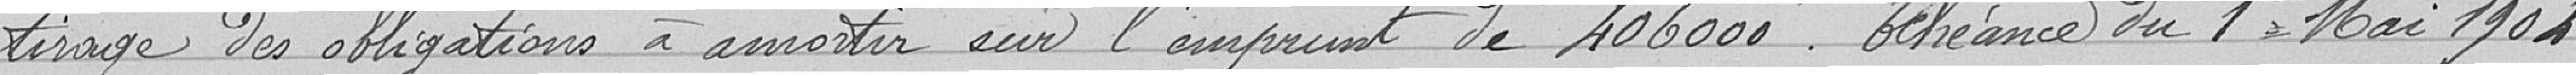
tirage des obligations à amortir sur l'emprunt de 406000. Échéance du 1er mai 1904.